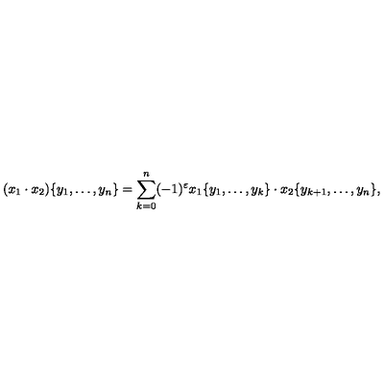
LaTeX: ( x _ { 1 } \cdot x _ { 2 } ) \{ y _ { 1 } , \dots , y _ { n } \} = \sum _ { k = 0 } ^ { n } ( - 1 ) ^ { \varepsilon } x _ { 1 } \{ y _ { 1 } , \dots , y _ { k } \} \cdot x _ { 2 } \{ y _ { k + 1 } , \dots , y _ { n } \} ,